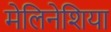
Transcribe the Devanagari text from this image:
मेलिनेशिया